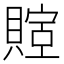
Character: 𬥤